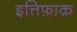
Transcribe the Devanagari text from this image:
इत्तिफ़ाक़